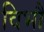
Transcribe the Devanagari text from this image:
विभौ